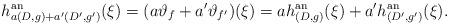
LaTeX: \begin{align*}h^{\mathrm{an}}_{a(D, g) + a'(D', g')}(\xi) = (a \vartheta_f + a' \vartheta_{f'})(\xi) = a h^{\mathrm{an}}_{(D, g)}(\xi) + a' h^{\mathrm{an}}_{(D', g')}(\xi).\end{align*}